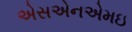
એસએનએમઇ